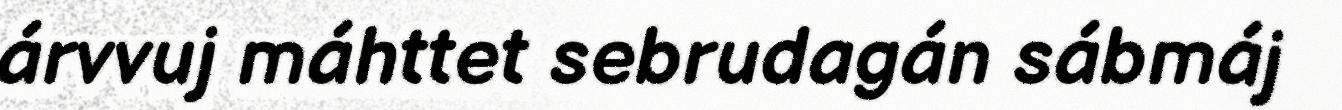
árvvuj máhttet sebrudagán sábmáj